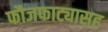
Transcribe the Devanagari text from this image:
फौजफाट्यासह